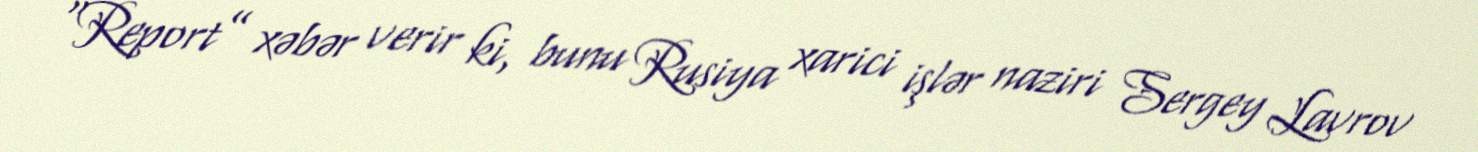
“Report” xəbər verir ki, bunu Rusiya xarici işlər naziri Sergey Lavrov